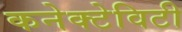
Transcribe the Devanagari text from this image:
कनेक्टेविटी